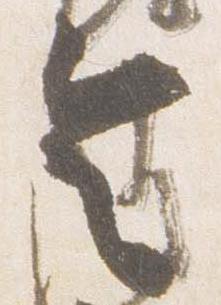
令